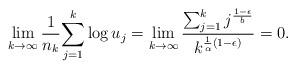
LaTeX: \begin{align*}\lim_{k\to\infty}{1 \over n_k} {\sum_{j=1}^k \log u_j}= \lim_{k\to\infty} {\sum_{j=1}^k j^{1-\epsilon \over b} \over k^{{1 \over \alpha}(1-\epsilon) }}=0. \end{align*}